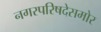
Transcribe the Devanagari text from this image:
नगरपरिषदेसमोर